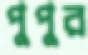
পুপুর